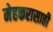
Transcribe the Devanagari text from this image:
मेहकरासाठी